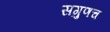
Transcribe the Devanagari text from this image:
सगुणच